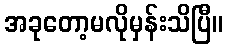
အခုတော့မလိုမှန်းသိပြီ။